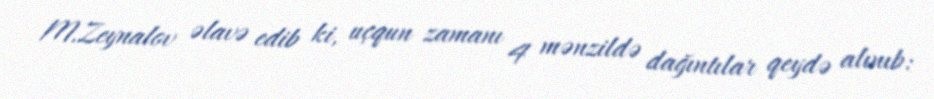
M.Zeynalov əlavə edib ki, uçqun zamanı 4 mənzildə dağıntılar qeydə alınıb: